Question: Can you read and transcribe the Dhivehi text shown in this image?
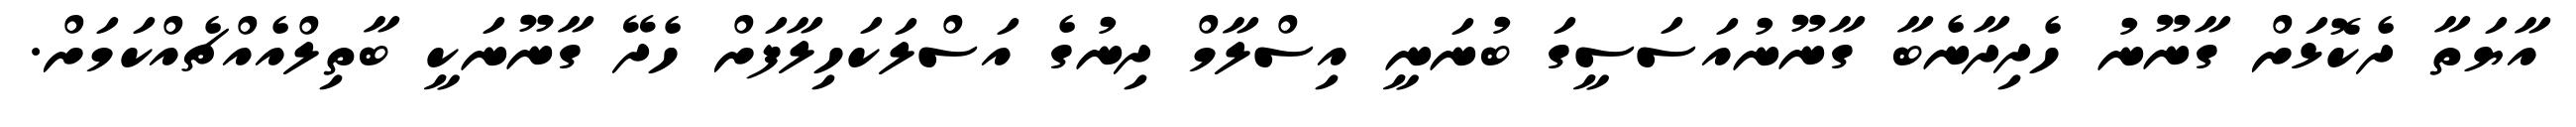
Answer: އާޔަތާ ދެކޮޅަށް ގާނޫނު ހެދިދާނެބާ ގާނޫނުއަސަސީގަ ބުނަނީ އިސްލާމް ދިނުގެ އަސްލަކަހިލާފަށް ހެދޭ ގާނޫނަކީ ބާތިލްއެއްޗެއްކަމަށް.